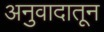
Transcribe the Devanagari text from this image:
अनुवादातून